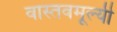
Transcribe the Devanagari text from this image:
वास्तवमूल्यी